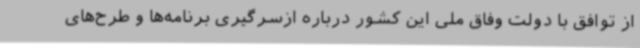
از توافق با دولت وفاق ملی این کشور درباره ازسرگیری برنامه‌ها و طرح‌های